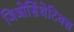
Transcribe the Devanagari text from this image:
जिओसिंथेटिक्स